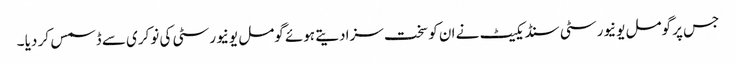
جس پر گومل یونیورسٹی سنڈیکیٹ نے ان کو سخت سزا دیتے ہوئے گومل یونیورسٹی کی نوکری سے ڈسمس کر دیا ۔